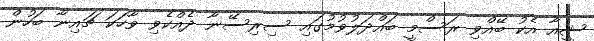
ޝީއާ އެކު ބޭއްވި ރަސްމީ ބައްދަލުވުމުގައި ސިރިސޭނާ ދެއްކެވި ވާހަކަ ޗައިނާ ބަހުން